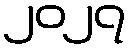
၂၀၂၇